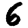
Digit: 6